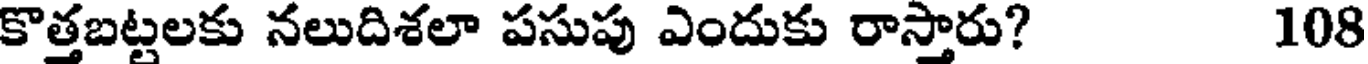
కొత్తబట్టలకు నలుదిశలా పసుపు ఎందుకు రాస్తారు? 108